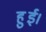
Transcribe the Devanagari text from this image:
हुुुुई।